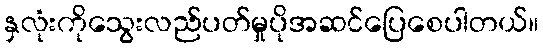
နှလုံးကိုသွေးလည်ပတ်မှုပိုအဆင်ပြေစေပါတယ်။